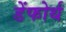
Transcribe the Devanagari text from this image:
डेंफोर्थ